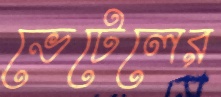
ভেটেলের